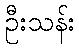
ဦးသန်း